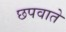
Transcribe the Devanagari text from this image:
छपवाते